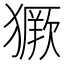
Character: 𱮥